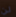
لن